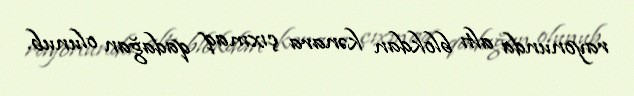
rayonunda altı blokdan kənara çıxmaq qadağan olunub.